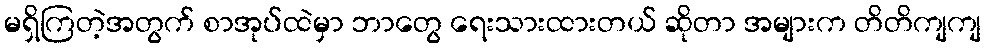
မရှိကြတဲ့အတွက် စာအုပ်ထဲမှာ ဘာတွေ ရေးသားထားတယ် ဆိုတာ အများက တိတိကျကျ